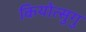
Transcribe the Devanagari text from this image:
कियोत्सुगु